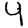
Digit: 4